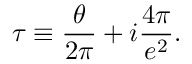
\tau \equiv \frac { \theta } { 2 \pi } + i \frac { 4 \pi } { e ^ { 2 } } .